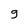
Character: g